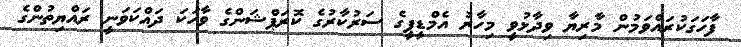
ފާހަގަކުރައްވަމުން މާރިޔާ ވިދާޅުވީ މިހާރު އެމްޑީޕީގެ ސަރުކާރުގެ ކޮރަޕްޝަންގެ ވާހަކަ ދައްކަވަނީ ރައްޔިތުންގެ